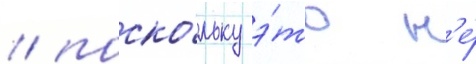
/ поско́льку э́то н'е́